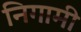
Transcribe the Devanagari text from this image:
निगामी